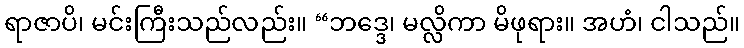
ရာဇာပိ၊ မင်းကြီးသည်လည်း။ “ဘဒ္ဒေ၊ မလ္လိကာ မိဖုရား။ အဟံ၊ ငါသည်။